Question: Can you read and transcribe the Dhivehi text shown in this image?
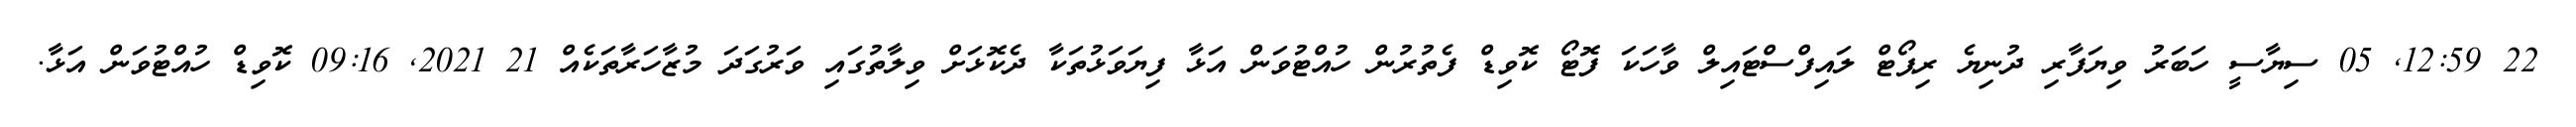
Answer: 22 12:59, 05 ސިޔާސީ ހަބަރު ވިޔަފާރި ދުނިޔެ ރިޕޯޓް ލައިފްސްޓައިލް ވާހަކަ ފޮޓޯ ކޮވިޑް ފެތުރުން ހުއްޓުވަން އަޅާ ފިޔަވަޅުތަކާ ދެކޮޅަށް ވިލާތުގައި ވަރުގަދަ މުޒާހަރާތަކެއް 21 2021, 09:16 ކޮވިޑް ހުއްޓުވަން އަޅާ.